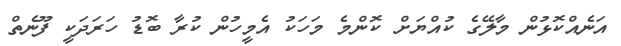
އަނެއްކޮޅުން މާލޭގެ ކުއްޔަށް ކޮންމެ މަހަކު އެމީހުން ކުރާ ބޮޑު ހަރަދަކީ ފޫނެތް